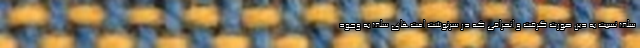
سلف نسبت به دین صورت گرفت و انحرافی که در سرنوشت امت‌های سلف به وجود